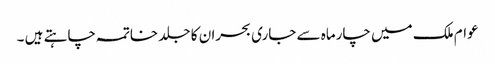
عوام ملک میں چارماہ سے جاری بحران کا جلد خاتمہ چاہتے ہیں ۔